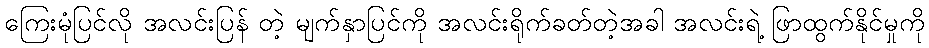
ကြေးမုံပြင်လို အလင်းပြန် တဲ့ မျက်နှာပြင်ကို အလင်းရိုက်ခတ်တဲ့အခါ အလင်းရဲ့ ဖြာထွက်နိုင်မှုကို